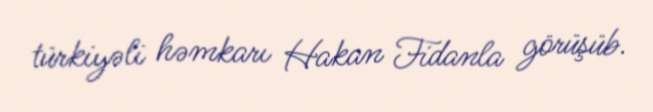
türkiyəli həmkarı Hakan Fidanla görüşüb.